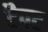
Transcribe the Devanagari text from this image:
टैपट